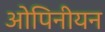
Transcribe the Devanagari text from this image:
ओपिनीयन